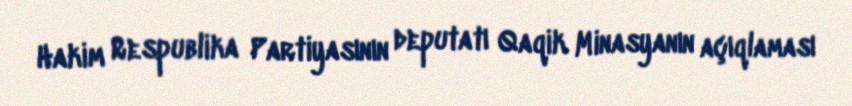
Hakim Respublika Partiyasının deputatı Qaqik Minasyanın açıqlaması